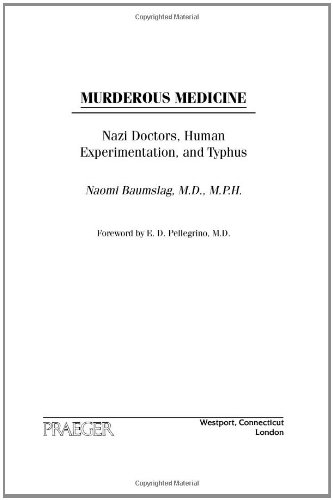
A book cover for Murderous Medicine: Nazi Doctors, Human Experimentation, and Typhus; Naomi Baumslag M.D.  M.P.H.; History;